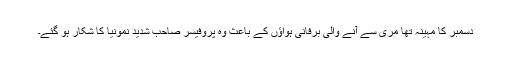
دسمبر کا مہینہ تھا مری سے آنے والی برفانی ہواؤں کے باعث وہ پروفیسر صاحب شدید نمونیا کا شکار ہو گئے۔